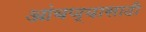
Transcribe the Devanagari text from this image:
आंबण्यासाठी